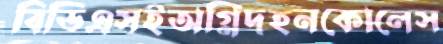
বিডিএসইঅগ্নিদহনকোলেস